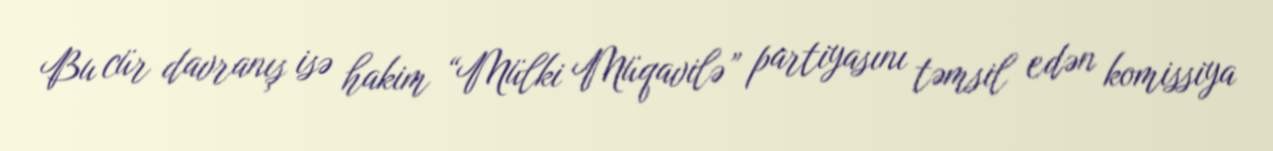
Bu cür davranış isə hakim “Mülki Müqavilə” partiyasını təmsil edən komissiya